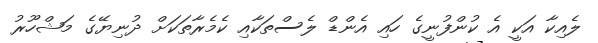
ލެއިކާ އަކީ އެ ކުންފުނީގެ ހައި އެންޑް ލެސްތަކާއި ކެމެރާތަކަށް ދުނިޔޭގެ މަޝްހޫރު